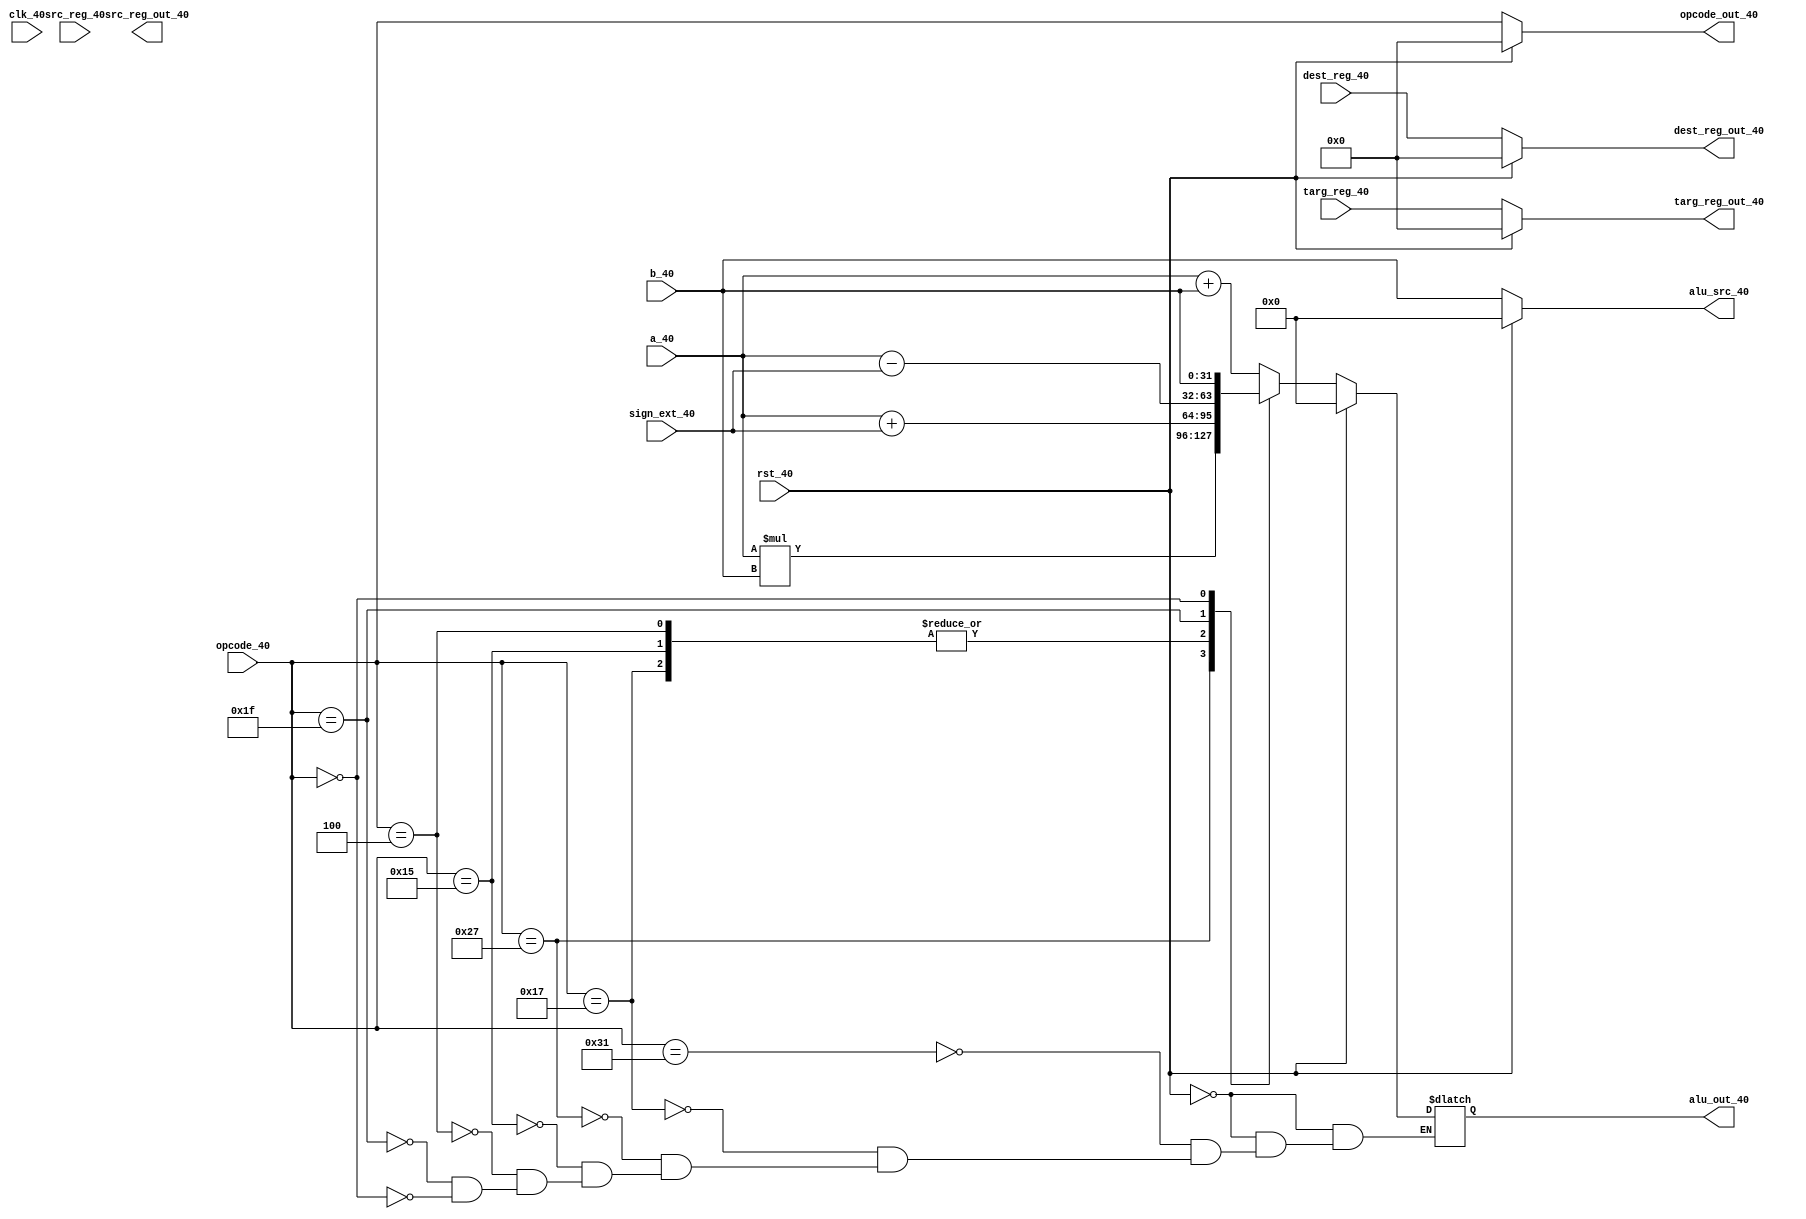
//-------------EXECUTE---------------

`timescale 1ns/10ps

module execute(clk_40,rst_40,opcode_40,a_40,b_40,sign_ext_40,alu_out_40,alu_src_40,opcode_out_40,src_reg_40,dest_reg_40,targ_reg_40,src_reg_out_40,dest_reg_out_40,targ_reg_out_40);

input clk_40,rst_40;
input [5:0] opcode_40;
input [5:0] src_reg_40,dest_reg_40,targ_reg_40;
input [31:0] a_40,b_40,sign_ext_40;
output [5:0] opcode_out_40;
output reg [31:0] alu_out_40;
output [31:0] alu_src_40;
output [5:0] src_reg_out_40,dest_reg_out_40,targ_reg_out_40;



parameter ADD  = 6'b110001;
parameter LDW  = 6'b010111;
parameter MUL  = 6'b100111;
parameter BLT  = 6'b010110;
parameter STW  = 6'b010101;
parameter BR   = 6'b000110;
parameter ADDI = 6'b000100;
parameter BEQ  = 6'b100110;
parameter BNE  = 6'b011110;
parameter JMP  = 6'b111010;
parameter CALL = 6'b000000;
parameter SUBI = 6'b011111;
parameter NOPE = 6'b111111;



assign opcode_out_40      =  rst_40 ? 0 : opcode_40;
assign src_reg_40_out     =  rst_40 ? 0 : src_reg_40;
assign dest_reg_out_40    =  rst_40 ? 0 : dest_reg_40;
assign targ_reg_out_40    =  rst_40 ? 0 : targ_reg_40;
assign alu_src_40         =  rst_40 ? 0 : b_40;

  always @ (*)
  begin
#0;
    if(rst_40)
    begin
      alu_out_40 = 0;
    end
    else
    begin
      case(opcode_40)
        ADD : alu_out_40 = a_40 + b_40;
        LDW : alu_out_40 = a_40 + sign_ext_40; 
        MUL : alu_out_40 = a_40 * b_40;
        STW : alu_out_40 = a_40 + sign_ext_40;
        ADDI: alu_out_40 = a_40 + sign_ext_40;
        SUBI: alu_out_40 = a_40 - sign_ext_40;
        CALL: alu_out_40 = b_40;
      endcase
    end
  end
endmodule